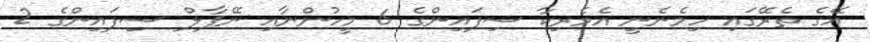
އޭގެ ތެރޭގައި ހިމެނެނީ އެމެރިކާ ސިފައިންގެ 6 މީހުންނާއި ނޭޕާލް ސިފައިންގެ 2